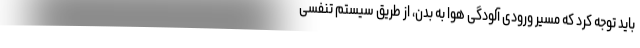
باید توجه کرد که مسیر ورودی آلودگی هوا به بدن، از طریق سیستم تنفسی